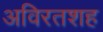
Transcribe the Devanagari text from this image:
अविरतशह